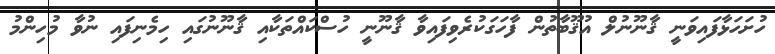
ހުށަހަޅާފައިވަނީ ޤާނޫނުލް އުޤޫބާތުން ފާހަގަކުރެވިފައިވާ ޤާނޫނީ ހުސްކައްތަކާއި ޤާނޫނުގައި ހިމެނިފައި ނުވާ މުހިންމު